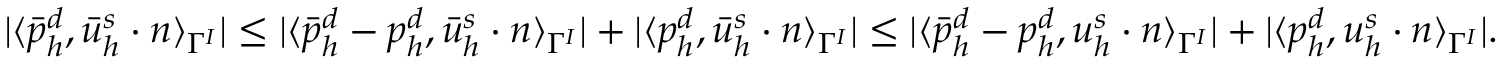
| \langle \bar { p } _ { h } ^ { d } , \bar { u } _ { h } ^ { s } \cdot n \rangle _ { \Gamma ^ { I } } | \le | \langle \bar { p } _ { h } ^ { d } - p _ { h } ^ { d } , \bar { u } _ { h } ^ { s } \cdot n \rangle _ { \Gamma ^ { I } } | + | \langle p _ { h } ^ { d } , \bar { u } _ { h } ^ { s } \cdot n \rangle _ { \Gamma ^ { I } } | \le | \langle \bar { p } _ { h } ^ { d } - p _ { h } ^ { d } , u _ { h } ^ { s } \cdot n \rangle _ { \Gamma ^ { I } } | + | \langle p _ { h } ^ { d } , u _ { h } ^ { s } \cdot n \rangle _ { \Gamma ^ { I } } | .